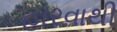
હારવાથી